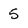
Character: 5